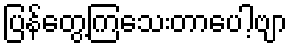
ပြန်တွေ့ကြသေးတာပေါ့ဗျာ